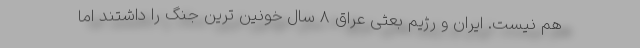
هم نیست. ایران و رژیم بعثی عراق 8 سال خونین ترین جنگ را داشتند اما